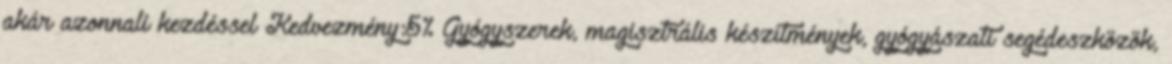
akár azonnali kezdéssel Kedvezmény:5% Gyógyszerek, magisztrális készítmények, gyógyászati segédeszközök,